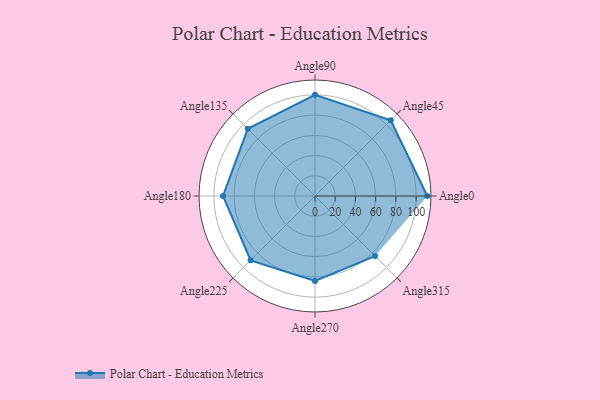
{"axis": {"x": "Angle", "y": "Radius"}, "legend": [""], "data": [{"x": "Angle0", "y": 111.0, "type": ""}, {"x": "Angle45", "y": 106.0, "type": ""}, {"x": "Angle90", "y": 100.0, "type": ""}, {"x": "Angle135", "y": 94.0, "type": ""}, {"x": "Angle180", "y": 91.0, "type": ""}, {"x": "Angle225", "y": 90.0, "type": ""}, {"x": "Angle270", "y": 84.0, "type": ""}, {"x": "Angle315", "y": 84.0, "type": ""}]}